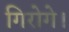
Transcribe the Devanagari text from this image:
गिरोगे।